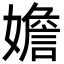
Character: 㜬